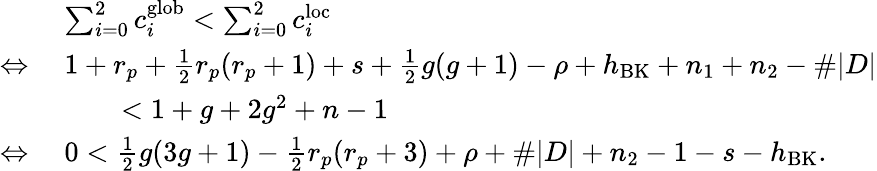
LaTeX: \begin{array}{rl}&{\sum_{i=0}^{2}c_{i}^{\mathrm{glob}}<\sum_{i=0}^{2}c_{i}^{\mathrm{loc}}}\\ {\Leftrightarrow\; }&{1+r_{p}+\frac 12r_{p}(r_{p}+1)+s+\frac 12g(g+1)-\rho+h_{\mathrm{BK}}+n_{1}+n_{2}-\# |D|}\\ &{\qquad<1+g+2g^{2}+n-1}\\ {\Leftrightarrow\; }&{0<\frac 12g(3g+1)-\frac 12r_{p}(r_{p}+3)+\rho+\# |D|+n_{2}-1-s-h_{\mathrm{BK}}.}\end{array}